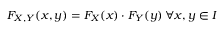
F _ { X , Y } ( x , y ) = F _ { X } ( x ) \cdot F _ { Y } ( y ) \, \forall x , y \in I